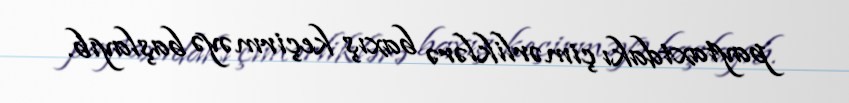
paytaxtdakı çimərliklərə baxış keçirməyə başlayıb.